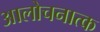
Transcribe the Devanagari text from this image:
आलोचनात्‍क